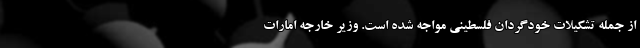
از جمله تشکیلات خودگردان فلسطینی مواجه شده است. وزیر خارجه امارات